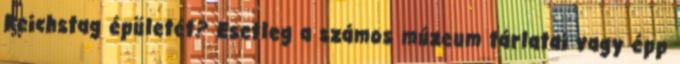
Reichstag épületét? Esetleg a számos múzeum tárlatai vagy épp